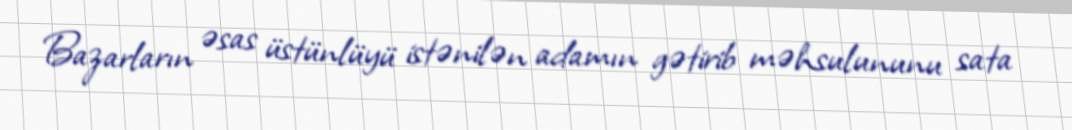
Bazarların əsas üstünlüyü istənilən adamın gətirib məhsulununu sata